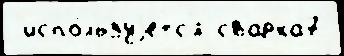
 испо́льзуjетс'я сварка7